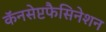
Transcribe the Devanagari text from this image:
कॅनसेप्टफैसिनेशन